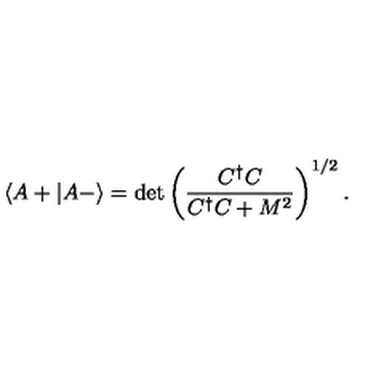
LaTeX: \langle A + | A - \rangle = \det \left( \frac { C ^ { \dagger } C } { C ^ { \dagger } C + M ^ { 2 } } \right) ^ { 1 / 2 } .